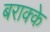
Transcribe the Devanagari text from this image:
बराक्के